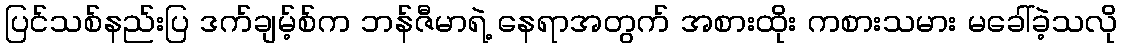
ပြင်သစ်နည်းပြ ဒက်ချမ့်စ်က ဘန်ဇီမာရဲ့ နေရာအတွက် အစားထိုး ကစားသမား မခေါ်ခဲ့သလို